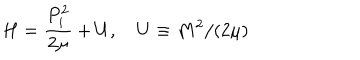
H = \frac { P _ { i } ^ { 2 } } { 2 \mu } + U , \quad U \equiv M ^ { 2 } / ( 2 \mu )